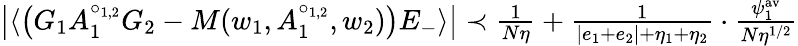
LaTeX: \begin{array}{r}{\big\vert\langle\big(G_{1}A_{1}^{\circ_{1,2}}G_{2}-M(w_{1},A_{1}^{\circ_{1,2}},w_{2})\big)E_{-}\rangle\big\vert\prec\frac{1}{N\eta}+\frac{1}{|e_{1}+e_{2}|+\eta_{1}+\eta_{2}}\cdot\frac{\psi_{1}^{\mathrm{av}}}{N\eta^{1/2}}}\end{array}